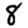
Digit: 8